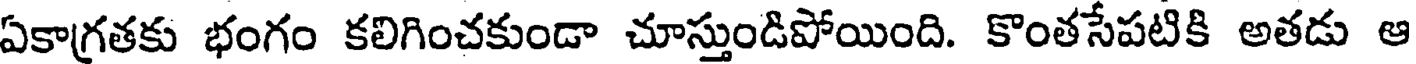
ఏకాగ్రతకు భంగం కలిగించకుండా చూస్తుండిపోయింది. కొంతసేపటికి అతడు ఆ